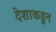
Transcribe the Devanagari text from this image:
देशाकडुन